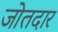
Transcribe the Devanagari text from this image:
जोतदार